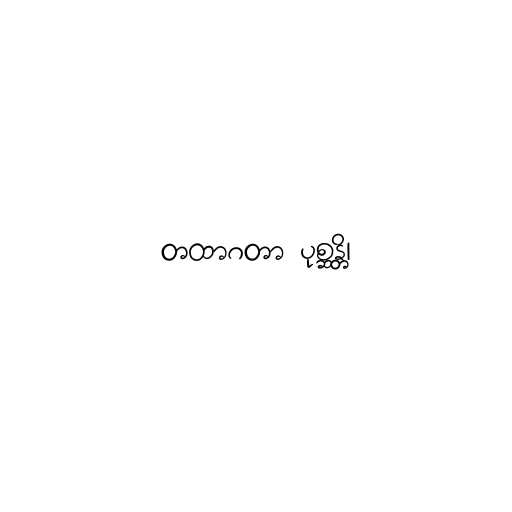
တထာဂတာ ပုစ္ဆန္တိ၊